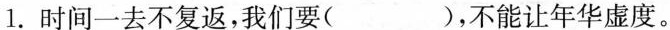
1.时间一去不复返，我们要( )，不能让年华虚度。